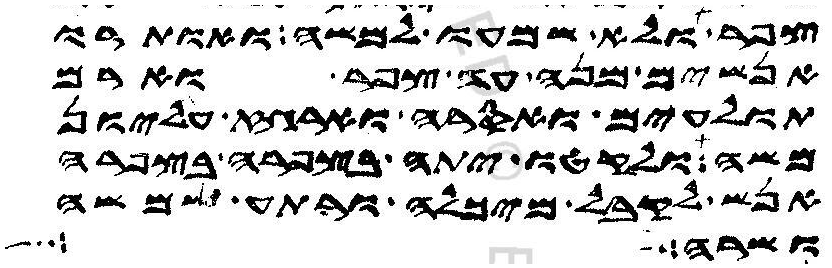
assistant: צפר ולא שמעו למשה ואותרו
אנשים מנה עד צפר וארם
תולעים ואסרה וארגז עליון
משה ולקטו יתה בצפרה בצפרה
אנש לקבל מיכלה ורתע שמשה
ושרה